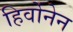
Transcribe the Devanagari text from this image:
हिर्वोनेन